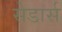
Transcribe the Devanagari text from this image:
सेडार्स